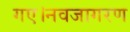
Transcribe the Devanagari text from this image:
गए।नवजागरण